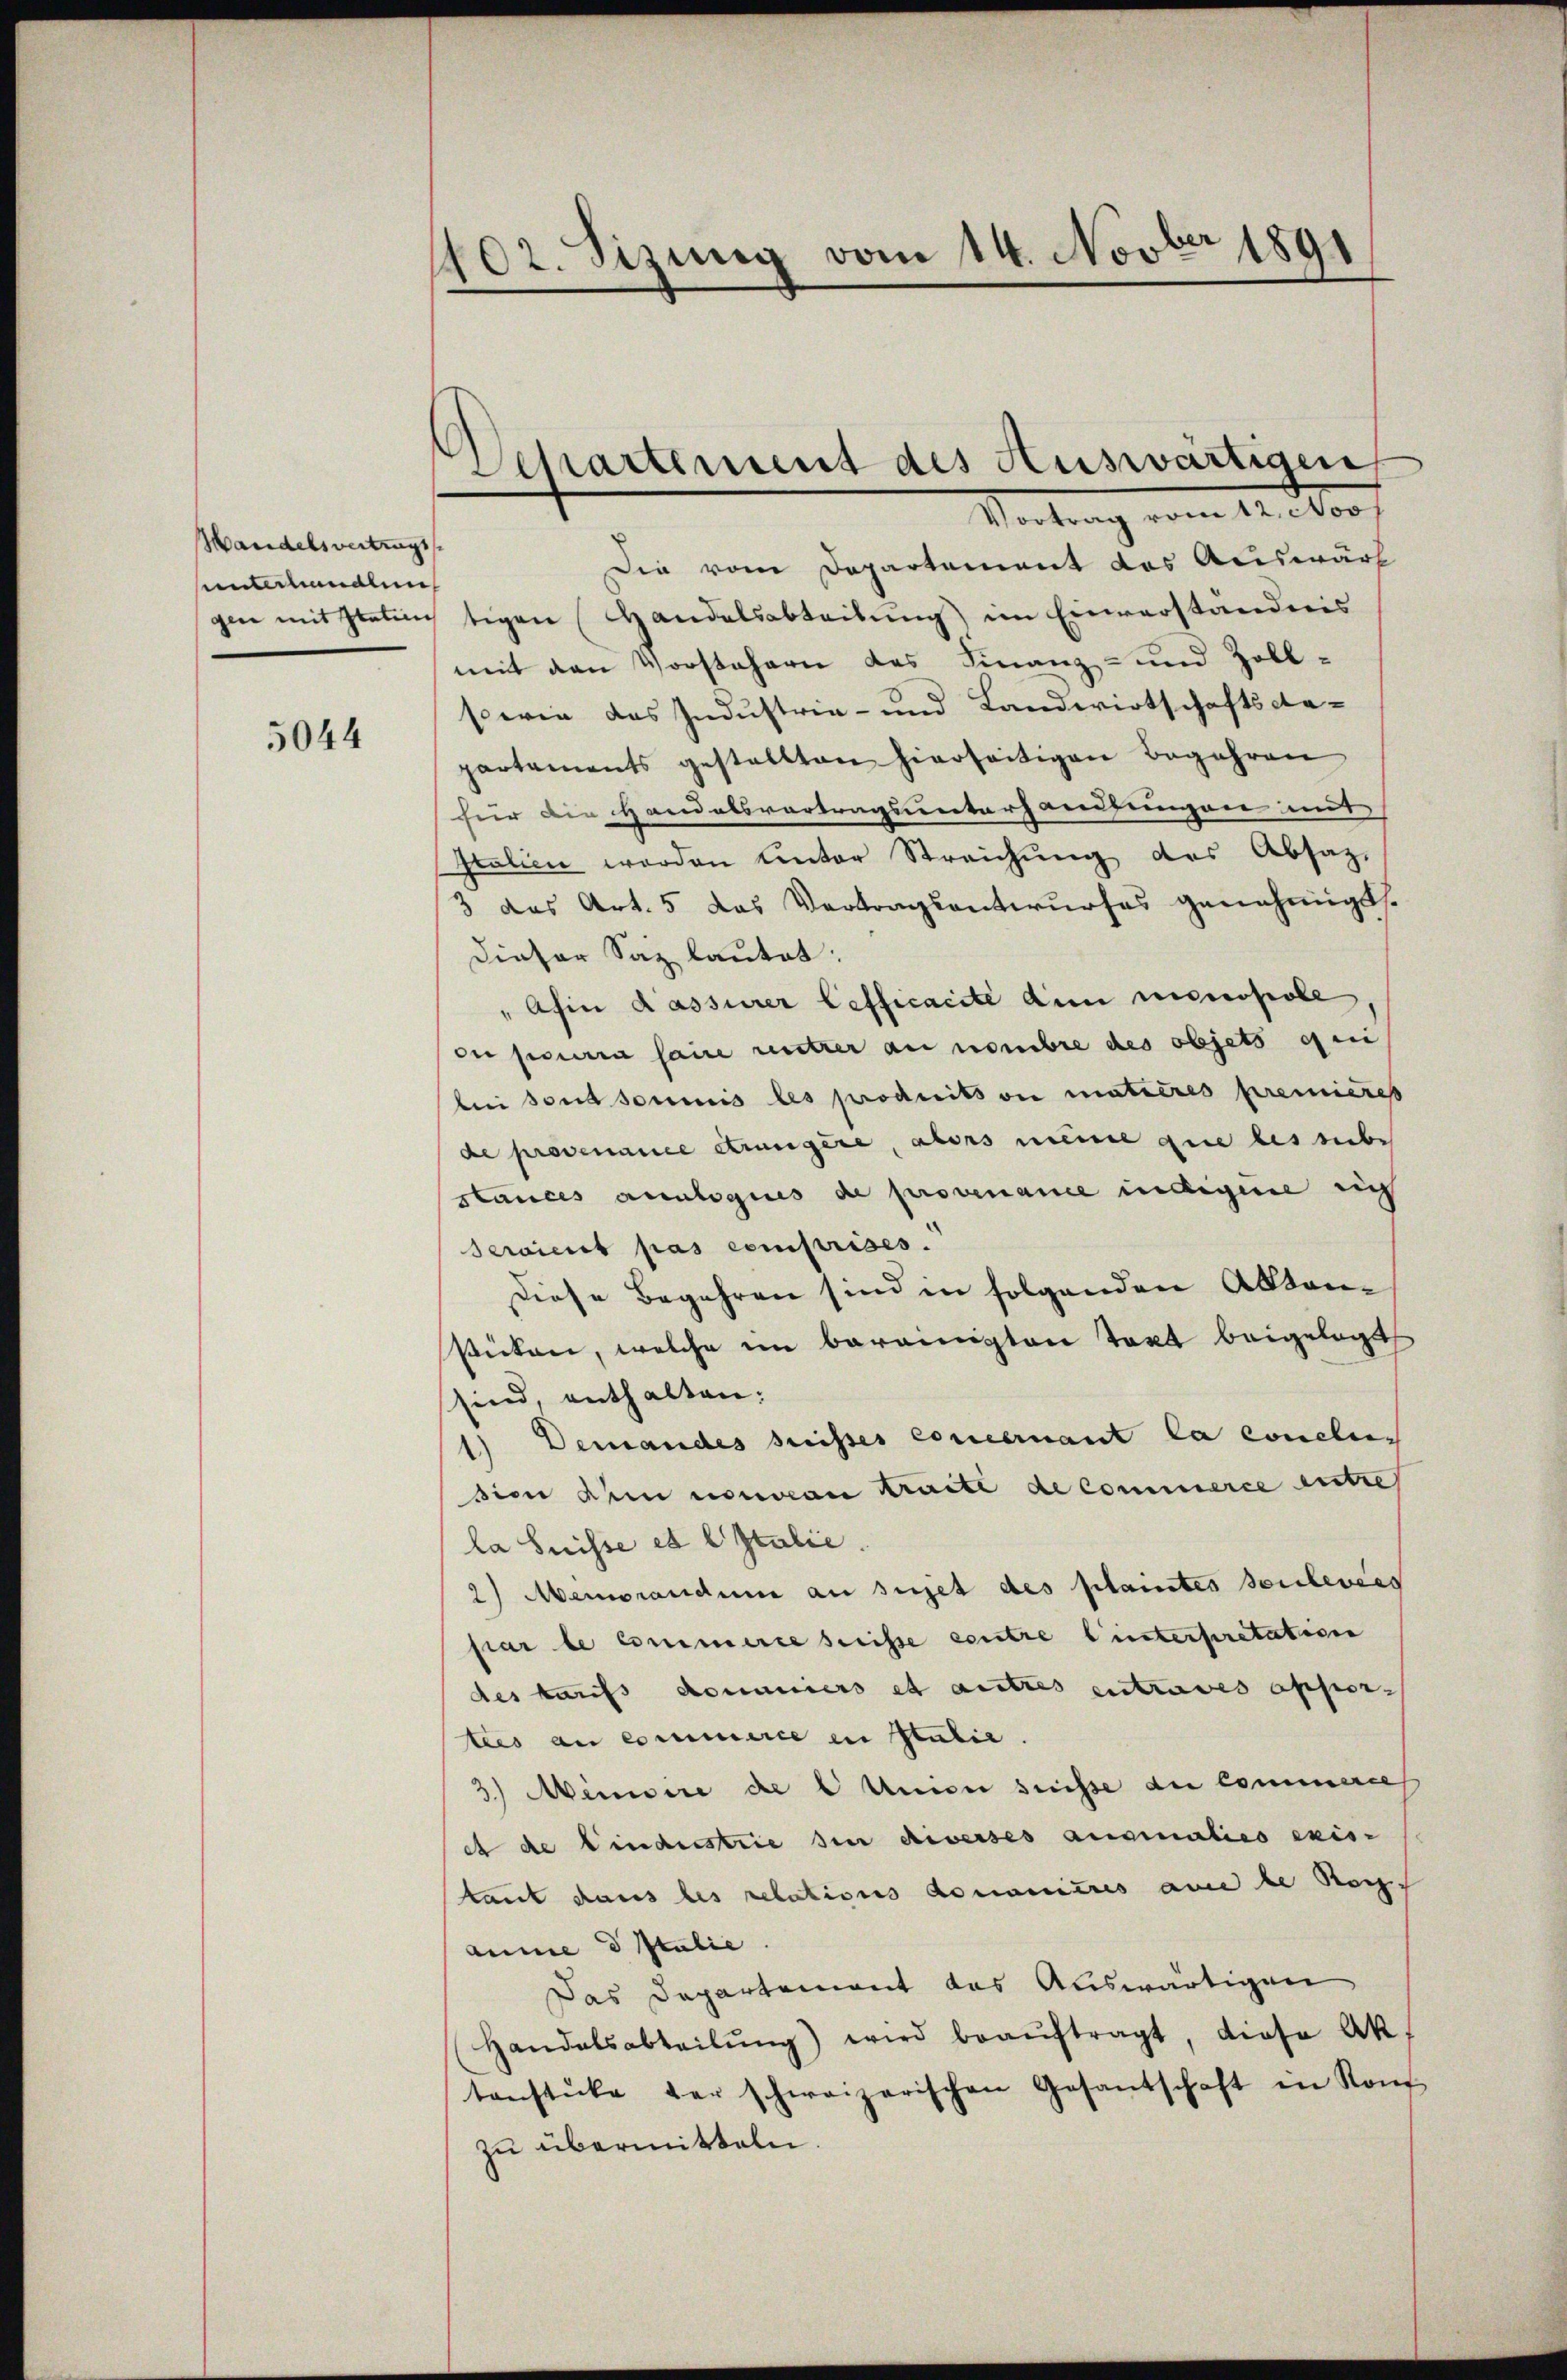
Handelsvertrags
sunterhandlung

5044

1702. Sizung vom 14. Novber 1891

Die vom Departement das Auswärt
gen mit statim tigen Handelsabteilung im Einverständnis
mit den Vorstehern das Finanz- und Zoll-
sowie das Industria- und Landwirtschaftsca-
partements gestellten hierseitigen Begehren
für die Handelsvertragsunterhandlungen mit
Italien worden unter Streichung des Absaz,
3 das Art. 5 das Vertragsentwurfes genehmigt.
Dieser Saz lautet:
Afin Kassirer Lefficacite die monopole
on pourra saine untrer an nombre des objets qui
bei sont soumis les produitson matières premières
de provenance étrangère, abers meine que les siebe
stances analogues de provenance indigene sich
Servient pas comprises.
Diese Begehren sind in folgenden Aktenstücken, welche im bereinigten Takt beigelegt
sind, enthalten:
1.) Demandes dreisses Concernant la conclus
sion dem nouvan Kraite de commerce entre
la Suisse et l Italie
2) Memorandum an singet des plaintes Soulevées
par le Commerce serisse eintre l’interpretation
des tarifs domaiers et autres entraves oppor-
tees au commerce in Italić.
3.) Minuire de 6 Union suisse die Commerce
et de findesstrie den diverses augmaties exis-
kaut dans les relations domanières am de Recht
aume d Italie
Das Departement das Auswärtigen
Handelsabteilŭng) wird beaŭftragt, diese Ak
tenstücke der schweizerischen Gesantschaft in Kons
zu übermitteln.

Departement des Auswärtigen
Wortrag vom 14. 100f